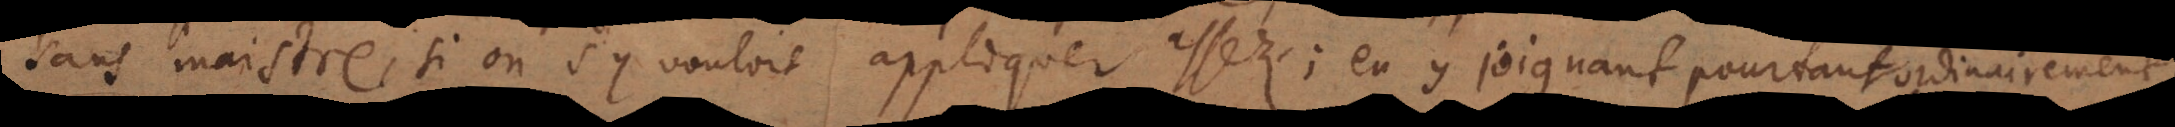
sans maistre, si on s’y vouloit appliquer assez; en y joignant ordinairement